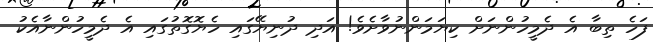
ފަހެ ތިބާ އެ ދެމީހުންނަށް ކިޔަމަންނުވާށެވެ! އަދި ދުނިޔޭގައި ހެޔޮގޮތުގައި އެ ދެމީހުންނާއެކު